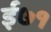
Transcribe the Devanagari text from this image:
ई७१